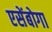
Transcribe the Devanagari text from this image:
एसेंबोगा